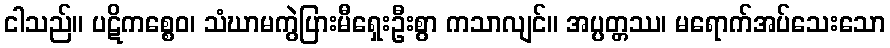
ငါသည်။ ပဋိကစ္စေဝ၊ သံဃာမကွဲပြားမီရှေးဦးစွာ ကသာလျင်။ အပ္ပတ္တဿ၊ မရောက်အပ်သေးသော